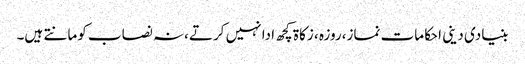
بنیادی دینی احکامات نماز،روزہ ، زکاۃ کچھ ادا نہیں کرتے،نہ نصاب کومانتے ہیں۔